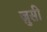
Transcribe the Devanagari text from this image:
ज़ुसी